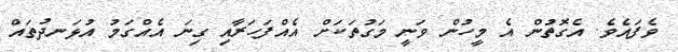
ވެފައެވެ. އެގޮތުން އެ މީހުން ވަނީ މަގުތަކަށް އެއްފަހަރާއި ގިނަ އެއްގަމު އުޅަނދުތައް